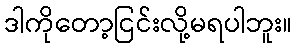
ဒါကိုတော့ငြင်းလို့မရပါဘူး။